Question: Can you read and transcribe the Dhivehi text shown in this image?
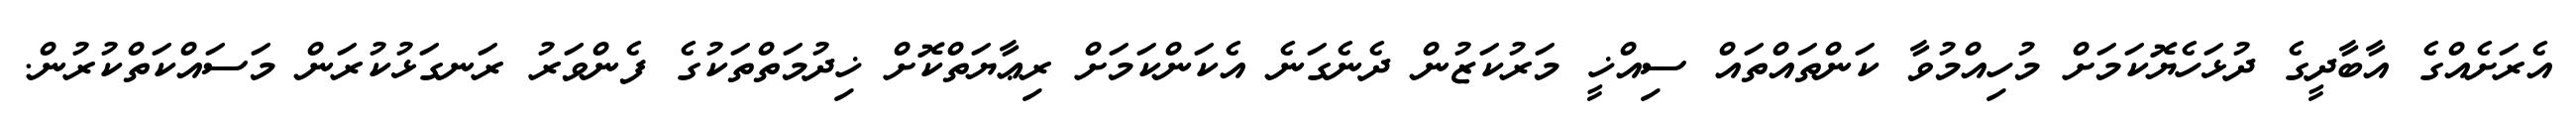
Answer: އެރަށެއްގެ އާބާދީގެ ދުޅަހެޔޮކަމަށް މުހިއްމުވާ ކަންތައްތައް ސިއްޚީ މަރުކަޒުން ދެނެގަނެ އެކަންކަމަށް ރިޢާޔަތްކޮށް ޚިދުމަތްތަކުގެ ފެންވަރު ރަނގަޅުކުރަން މަސައްކަތްކުރުން.